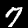
Digit: 7